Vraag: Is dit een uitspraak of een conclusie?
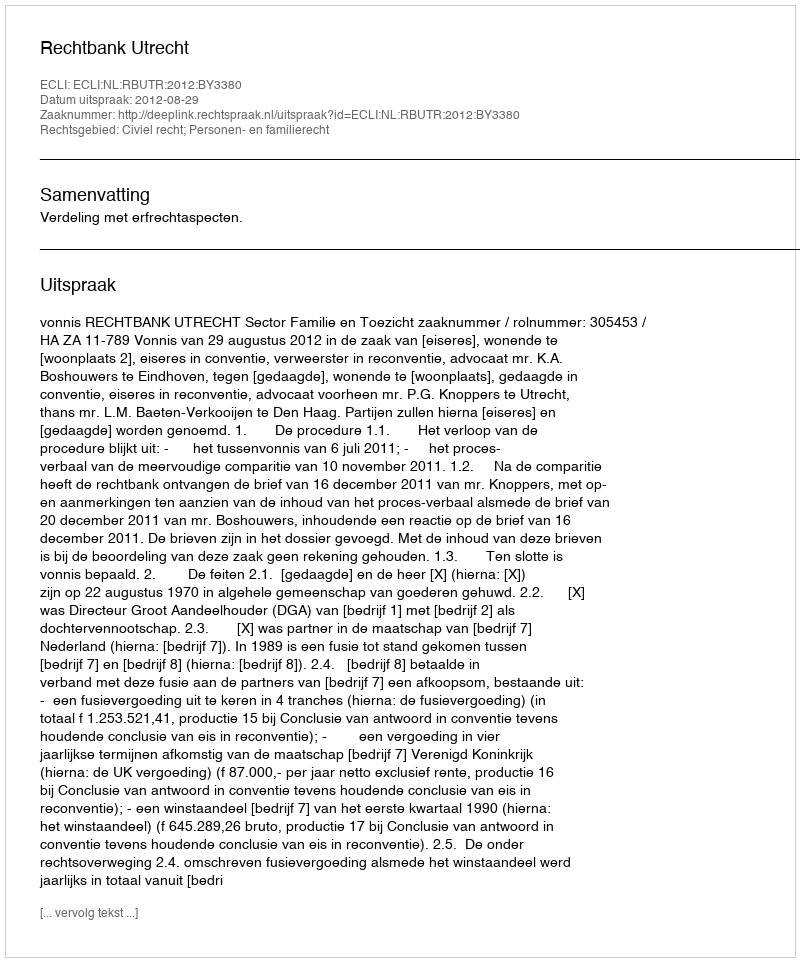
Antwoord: Uitspraak